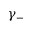
\gamma _ { - }